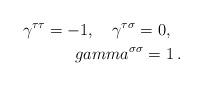
LaTeX: \begin{align*}\gamma^{\tau\tau}=-1, \ \ \ \gamma^{\tau\sigma}=0, \ \ \\gamma^{\sigma\sigma}=1\, .\end{align*}